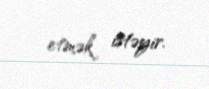
etmək istəyir.